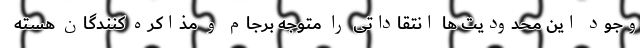
وجود این محدودیت ها انتقاداتی را متوجه برجام و مذاکره کنندگان هسته